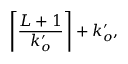
\left\lceil \frac { L + 1 } { k _ { o } ^ { \prime } } \right\rceil + k _ { o } ^ { \prime } ,